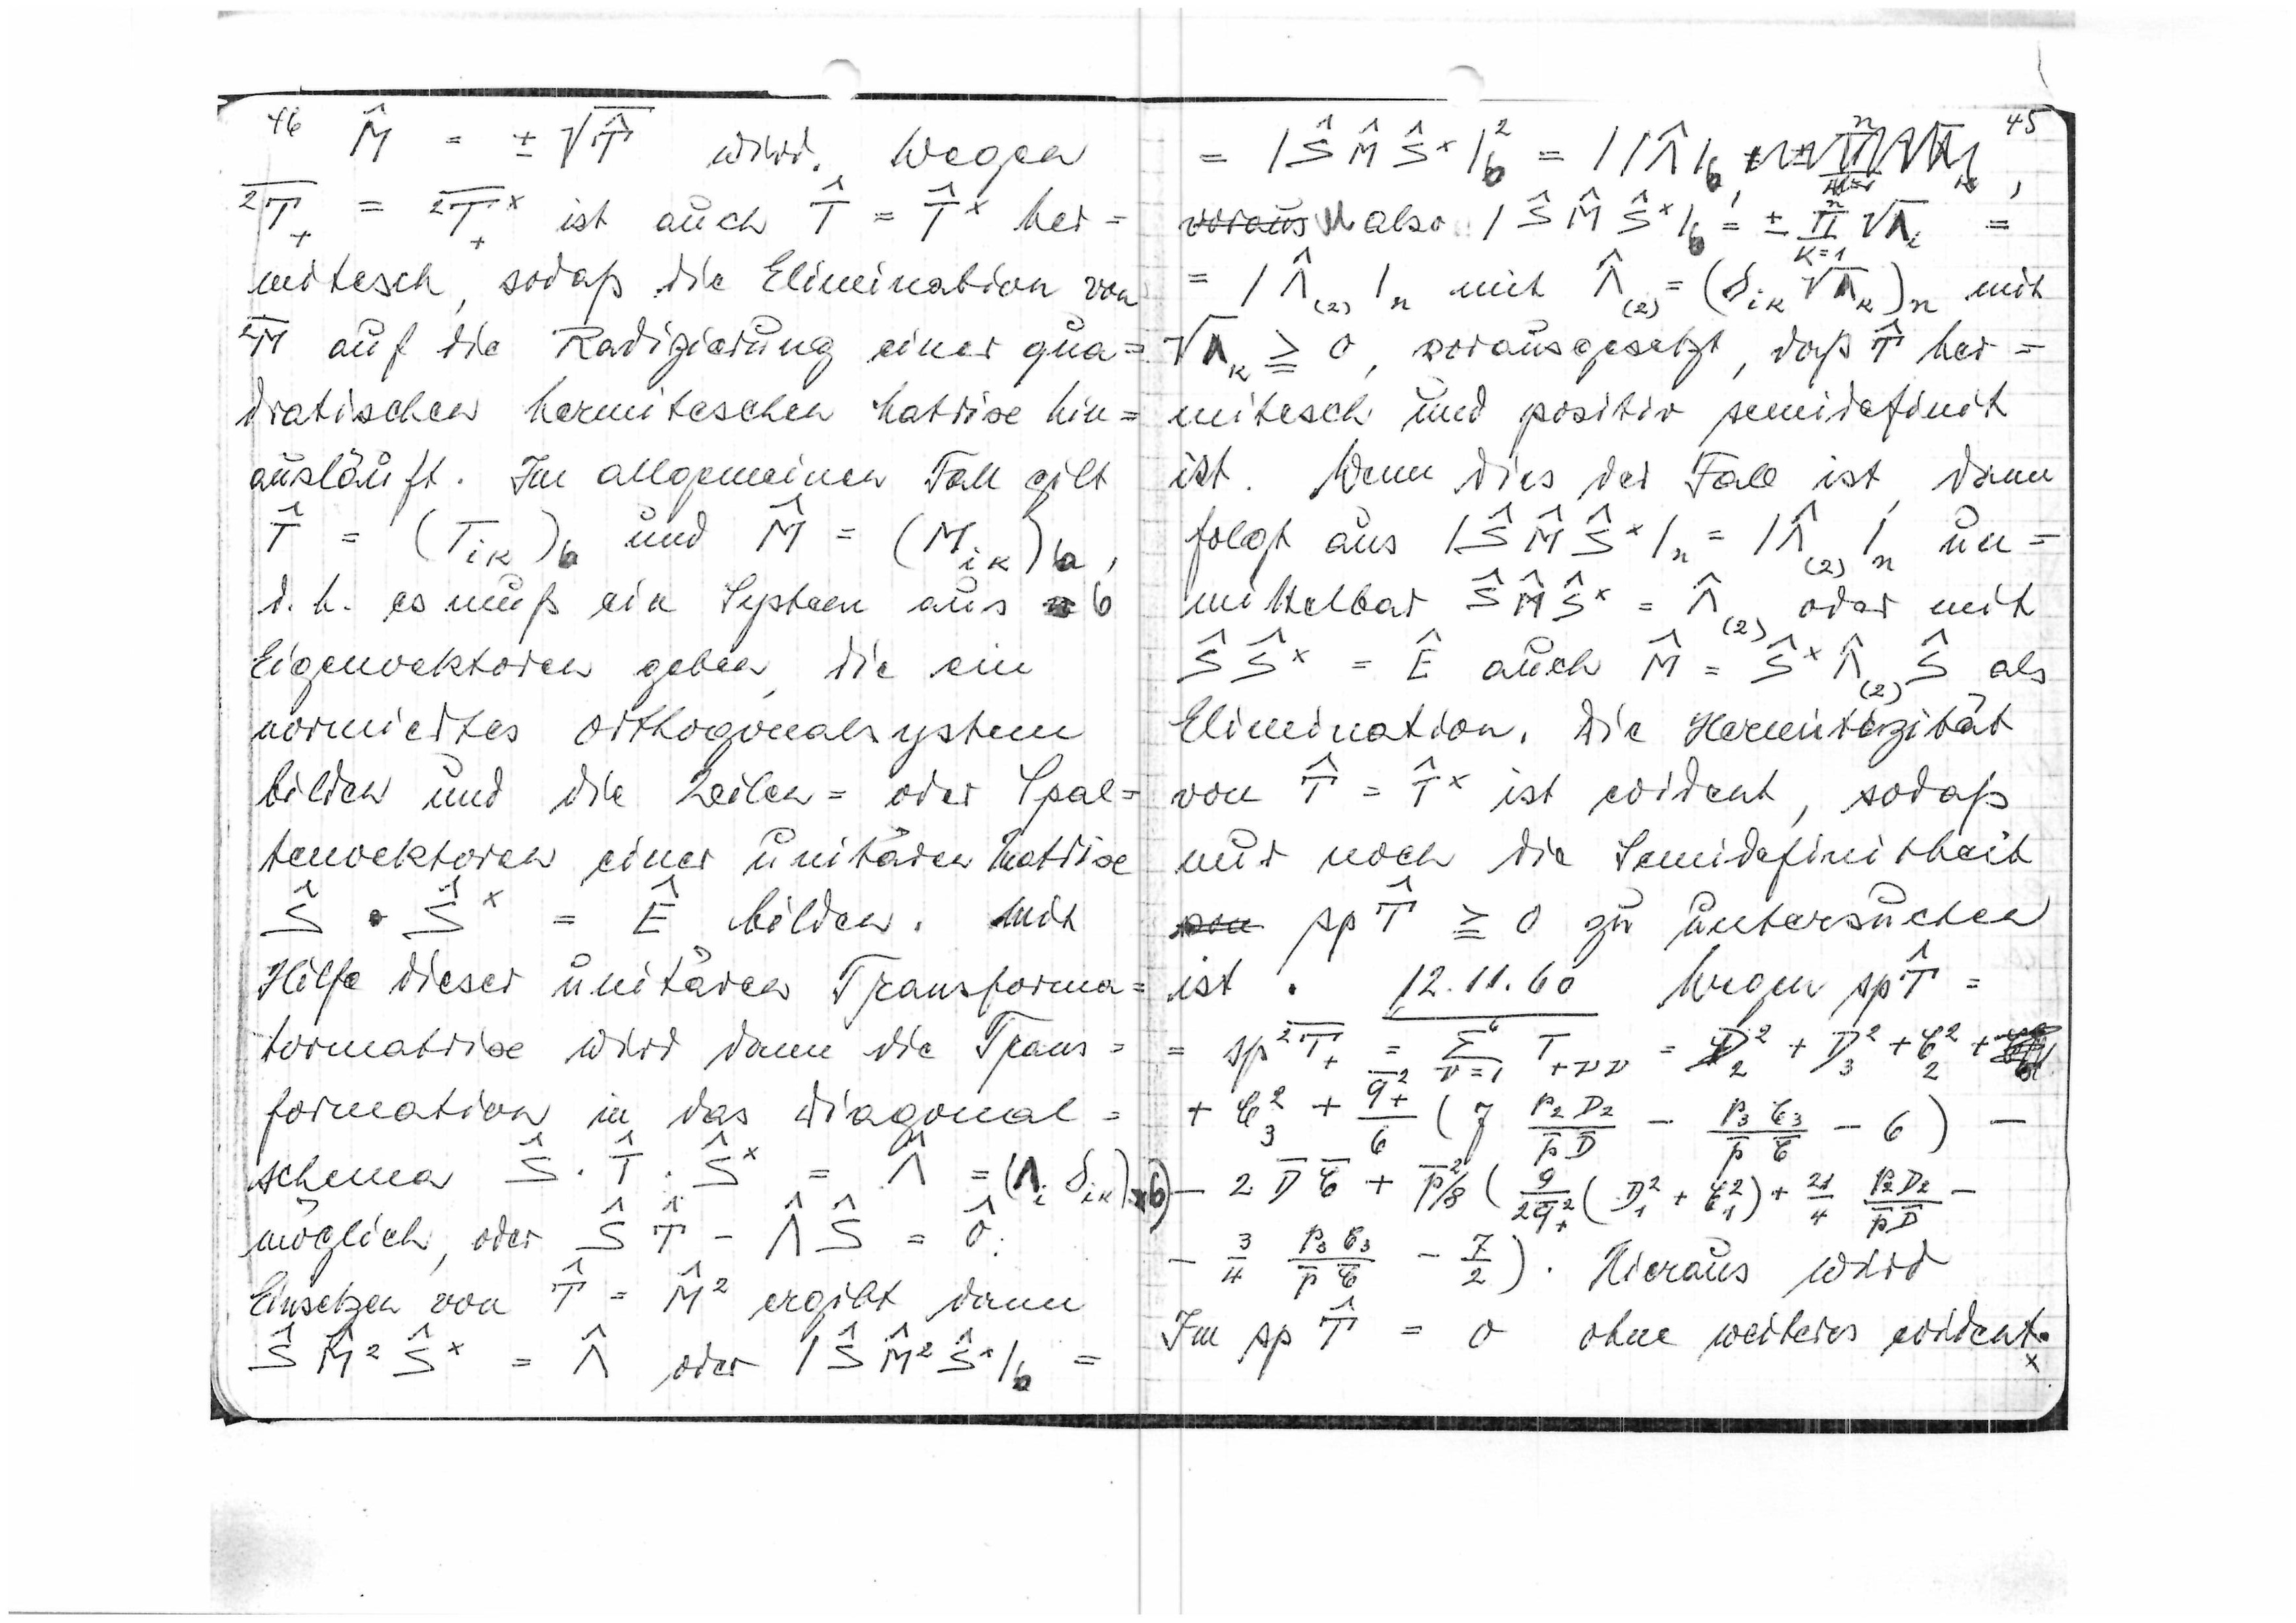
46

wird
wegen

ist auch

her=

mitisch, sodaß die Elimination von

auf die Radizierung einer qua=
dratischen hermitischen Matrix hin=
ausläuft. Im Allgemeinen Fall gilt

und

d.h. es muß ein System aus 6
Eigenvektoren geben, die ein
normiertes Orthogonalsystem
bilden und die Zeilen= oder Spal=
tenvektoren einer unitären Matrix

bilden. Mit
Hilfe dieser unitären Transformat
tormatrix wird dann die Trans
formation in das Diagonal
schema

möglich, oder

Einsetzen von

ergibt dann

oder

also

k=1

mit

mit
vorausgesetzt, daß T her=

mitisch und positiv semidefinit
ist. Wenn dies der Fall ist, dann
folgt aus

un
mittelbar

oder mit

auch
als
(2)
Elimination- Die Hermitizität

ist evident, sodaß
nur noch die Semidefinitheit
zu untersuchen

ist. 12.11.60 Wegen

Hieraus wird

ohne weiteres evident.